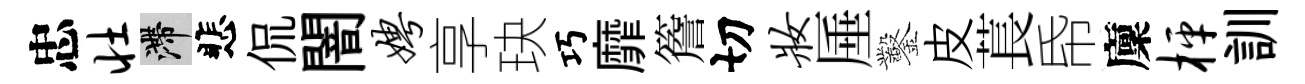
忠壮滯悲侃闇娉享玦巧靡簷切妆厜鑿皮萇帋廩枰訓